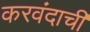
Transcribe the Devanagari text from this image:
करवंदाची